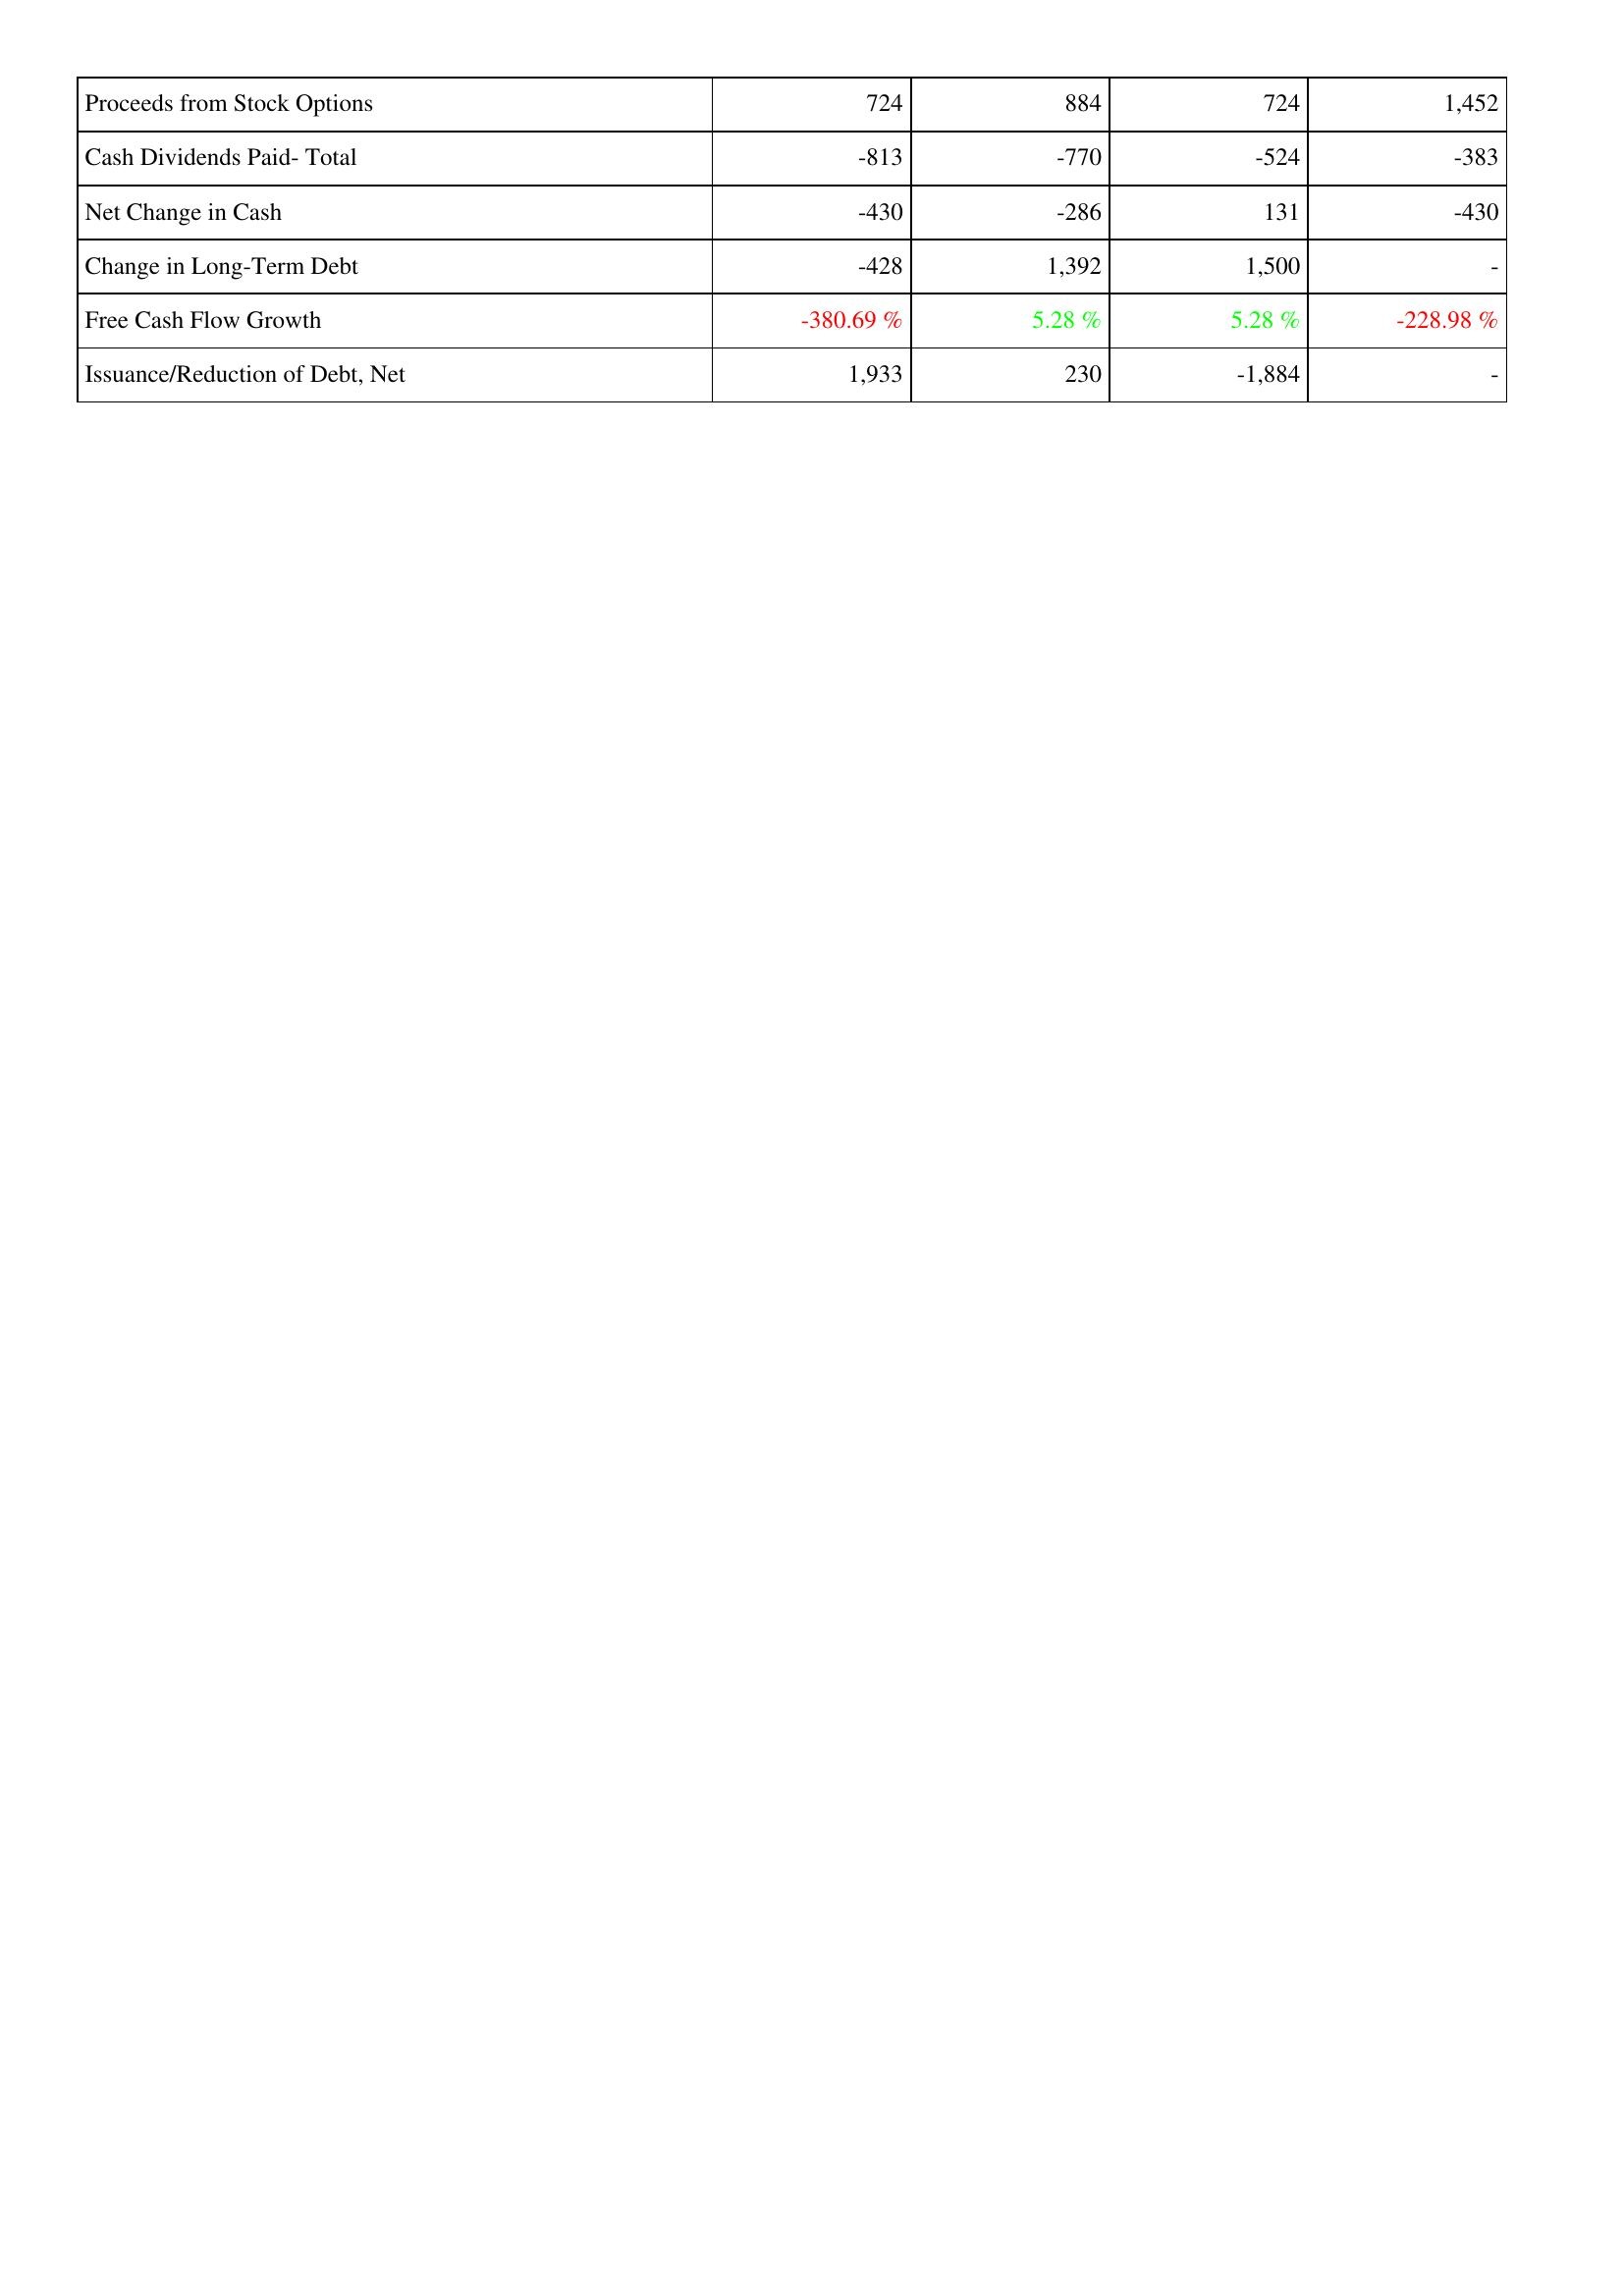
2009: Financing Activities: Proceeds from Stock Options: 724
Cash Dividends Paid- Total: -813
Net Change in Cash: -430
Change in Long-Term Debt: -428
Free Cash Flow Growth: -380.69 %
Issuance/Reduction of Debt, Net: 1,933
2008: Financing Activities: Proceeds from Stock Options: 884
Cash Dividends Paid- Total: -770
Net Change in Cash: -286
Change in Long-Term Debt: 1,392
Free Cash Flow Growth: 5.28 %
Issuance/Reduction of Debt, Net: 230
2007: Financing Activities: Proceeds from Stock Options: 724
Cash Dividends Paid- Total: -524
Net Change in Cash: 131
Change in Long-Term Debt: 1,500
Free Cash Flow Growth: 5.28 %
Issuance/Reduction of Debt, Net: -1,884
2006: Financing Activities: Proceeds from Stock Options: 1,452
Cash Dividends Paid- Total: -383
Net Change in Cash: -430
Change in Long-Term Debt: -
Free Cash Flow Growth: -228.98 %
Issuance/Reduction of Debt, Net: -